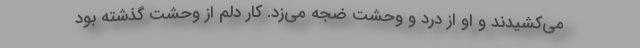
می‌کشیدند و او از درد و وحشت ضجه می‌زد. کار دلم از وحشت گذشته بود